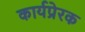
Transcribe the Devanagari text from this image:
कार्यप्रेरक